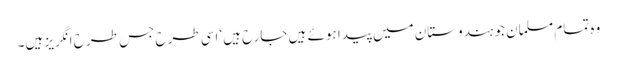
وہ تمام مسلمان جو ہندوستان میں پیدا ہوئے ہیں جارح ہیں‘ اسی طرح جس طرح انگریز ہیں۔